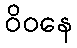
ဝိဝနေ